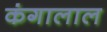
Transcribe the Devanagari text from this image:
कंगालाल